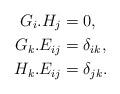
LaTeX: \begin{align*}G_i.H_j &= 0, \\G_k.E_{ij} &= \delta_{ik}, \\H_k.E_{ij} &= \delta_{jk}.\end{align*}